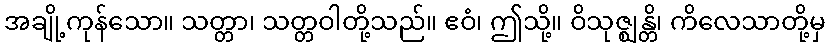
အချို့ကုန်သော။ သတ္တာ၊ သတ္တဝါတို့သည်။ ဧဝံ၊ ဤသို့။ ဝိသုဇ္ဈန္တိ၊ ကိလေသာတို့မှ